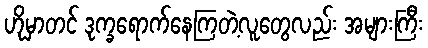
ဟိုမှာတင် ဒုက္ခရောက်နေကြတဲ့လူတွေလည်း အများကြီး